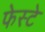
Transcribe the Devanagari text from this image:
फेस्टे